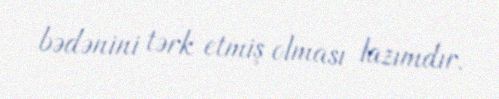
bədənini tərk etmiş olması lazımdır.